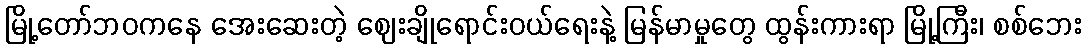
မြို့တော်ဘဝကနေ အေးဆေးတဲ့ ဈေးချိုရောင်းဝယ်ရေးနဲ့ မြန်မာမှုတွေ ထွန်းကားရာ မြို့ကြီး၊ စစ်ဘေး